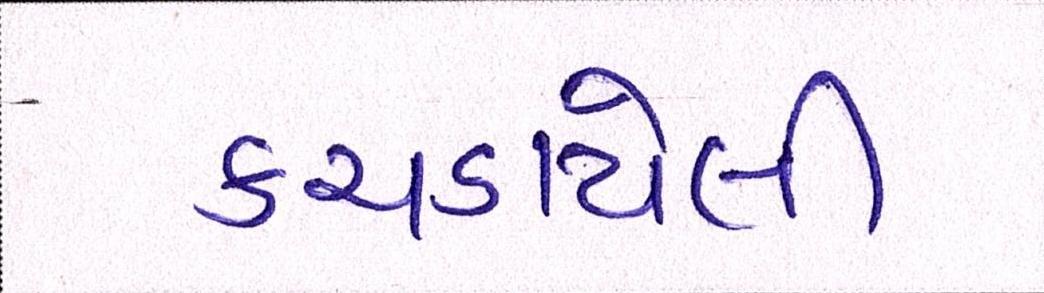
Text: કચડાયેલી